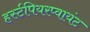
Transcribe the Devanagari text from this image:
हर्स्टपियरप्वायंट